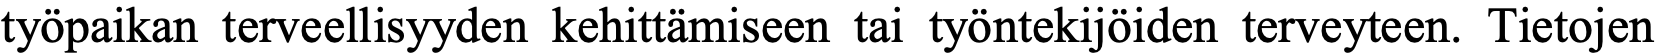
työpaikan terveellisyyden kehittämiseen tai työntekijöiden terveyteen. Tietojen